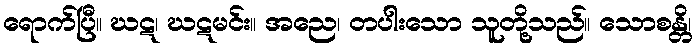
ရောက်ပြီ။ ဃဋ၊ ဃဋမင်း။ အညေ၊ တပါးသော သူတို့သည်။ သောစန္တိ၊